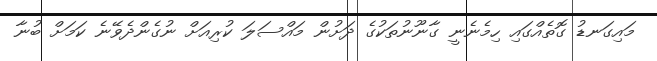
މައިގަނޑު ގޮތެއްގައި ހިމެނެނީ ގާނޫނުތަކުގެ ދަށުން މައްސަލަ ކުރިއަށް ނުގެންދެވޭނެ ކަމަށް ބުނާ